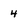
Character: 4